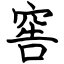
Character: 窖